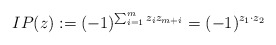
\begin{align*}IP(z) := (-1)^{\sum_{i = 1}^{m} z_iz_{m + i}} = (-1)^{z_1\cdot z_2}\end{align*}